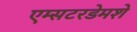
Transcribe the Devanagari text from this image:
एम्सटरडेमशे